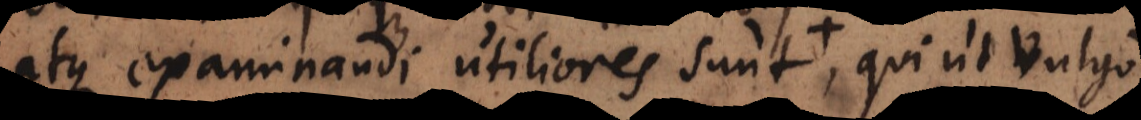
atque examinandi utiliores sunt et in